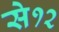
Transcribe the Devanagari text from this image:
से१२